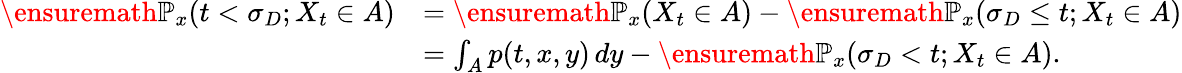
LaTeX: \begin{array}{rl}{\ensuremath{\mathbb{P}}_{x}(t<\sigma_{D};X_{t}\in A)}&{=\ensuremath{\mathbb{P}}_{x}(X_{t}\in A)-\ensuremath{\mathbb{P}}_{x}(\sigma_{D}\leq t;X_{t}\in A)}\\ &{=\int_{A}p(t,x,y)\, dy-\ensuremath{\mathbb{P}}_{x}(\sigma_{D}<t;X_{t}\in A).}\end{array}